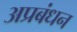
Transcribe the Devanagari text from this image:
अप्रबंधन